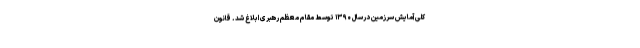
کلی آمایش سرزمین درسال ۱۳۹۰ توسط مقام معظم رهبری ابلاغ شد. قانون